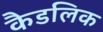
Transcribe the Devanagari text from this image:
कैडलिक